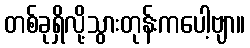
တစ်ခုရှိလို့သွားတုန်းကပေါ့ဗျာ။